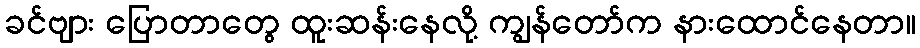
ခင်ဗျား ပြောတာတွေ ထူးဆန်းနေလို့ ကျွန်တော်က နားထောင်နေတာ။